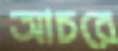
আচরে